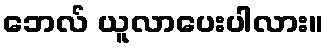
ဘေလ် ယူလာပေးပါလား။